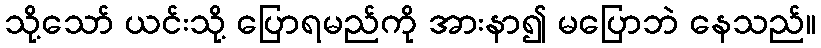
သို့သော် ယင်းသို့ ပြောရမည်ကို အားနာ၍ မပြောဘဲ နေသည်။